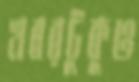
খবরটুকুও